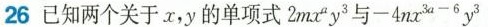
26 已知两个关于x，y的单项式$$2 m x ^ { a } y ^ { 3 }$$与$$- 4 n x ^ { 3 a - 6 } y ^ { 3 }$$